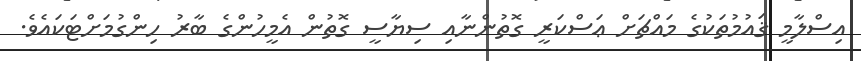
އިސްލާމީ ޤައުމުތަކުގެ މައްޗަށް ޢަސްކަރީ ގޮތުންނާއި ސިޔާސީ ގޮތުން އެމީހުންގެ ބާރު ހިންގުމަށްޓަކައެވެ.